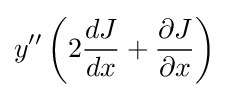
y''\left(2{dJ \over dx}+{\partial J \over \partial x}\right)